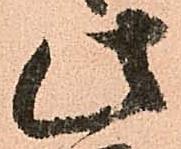
此